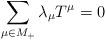
LaTeX: \begin{align*} \sum_{\mu\in M_+}\lambda_{\mu}T^\mu=0 \end{align*}